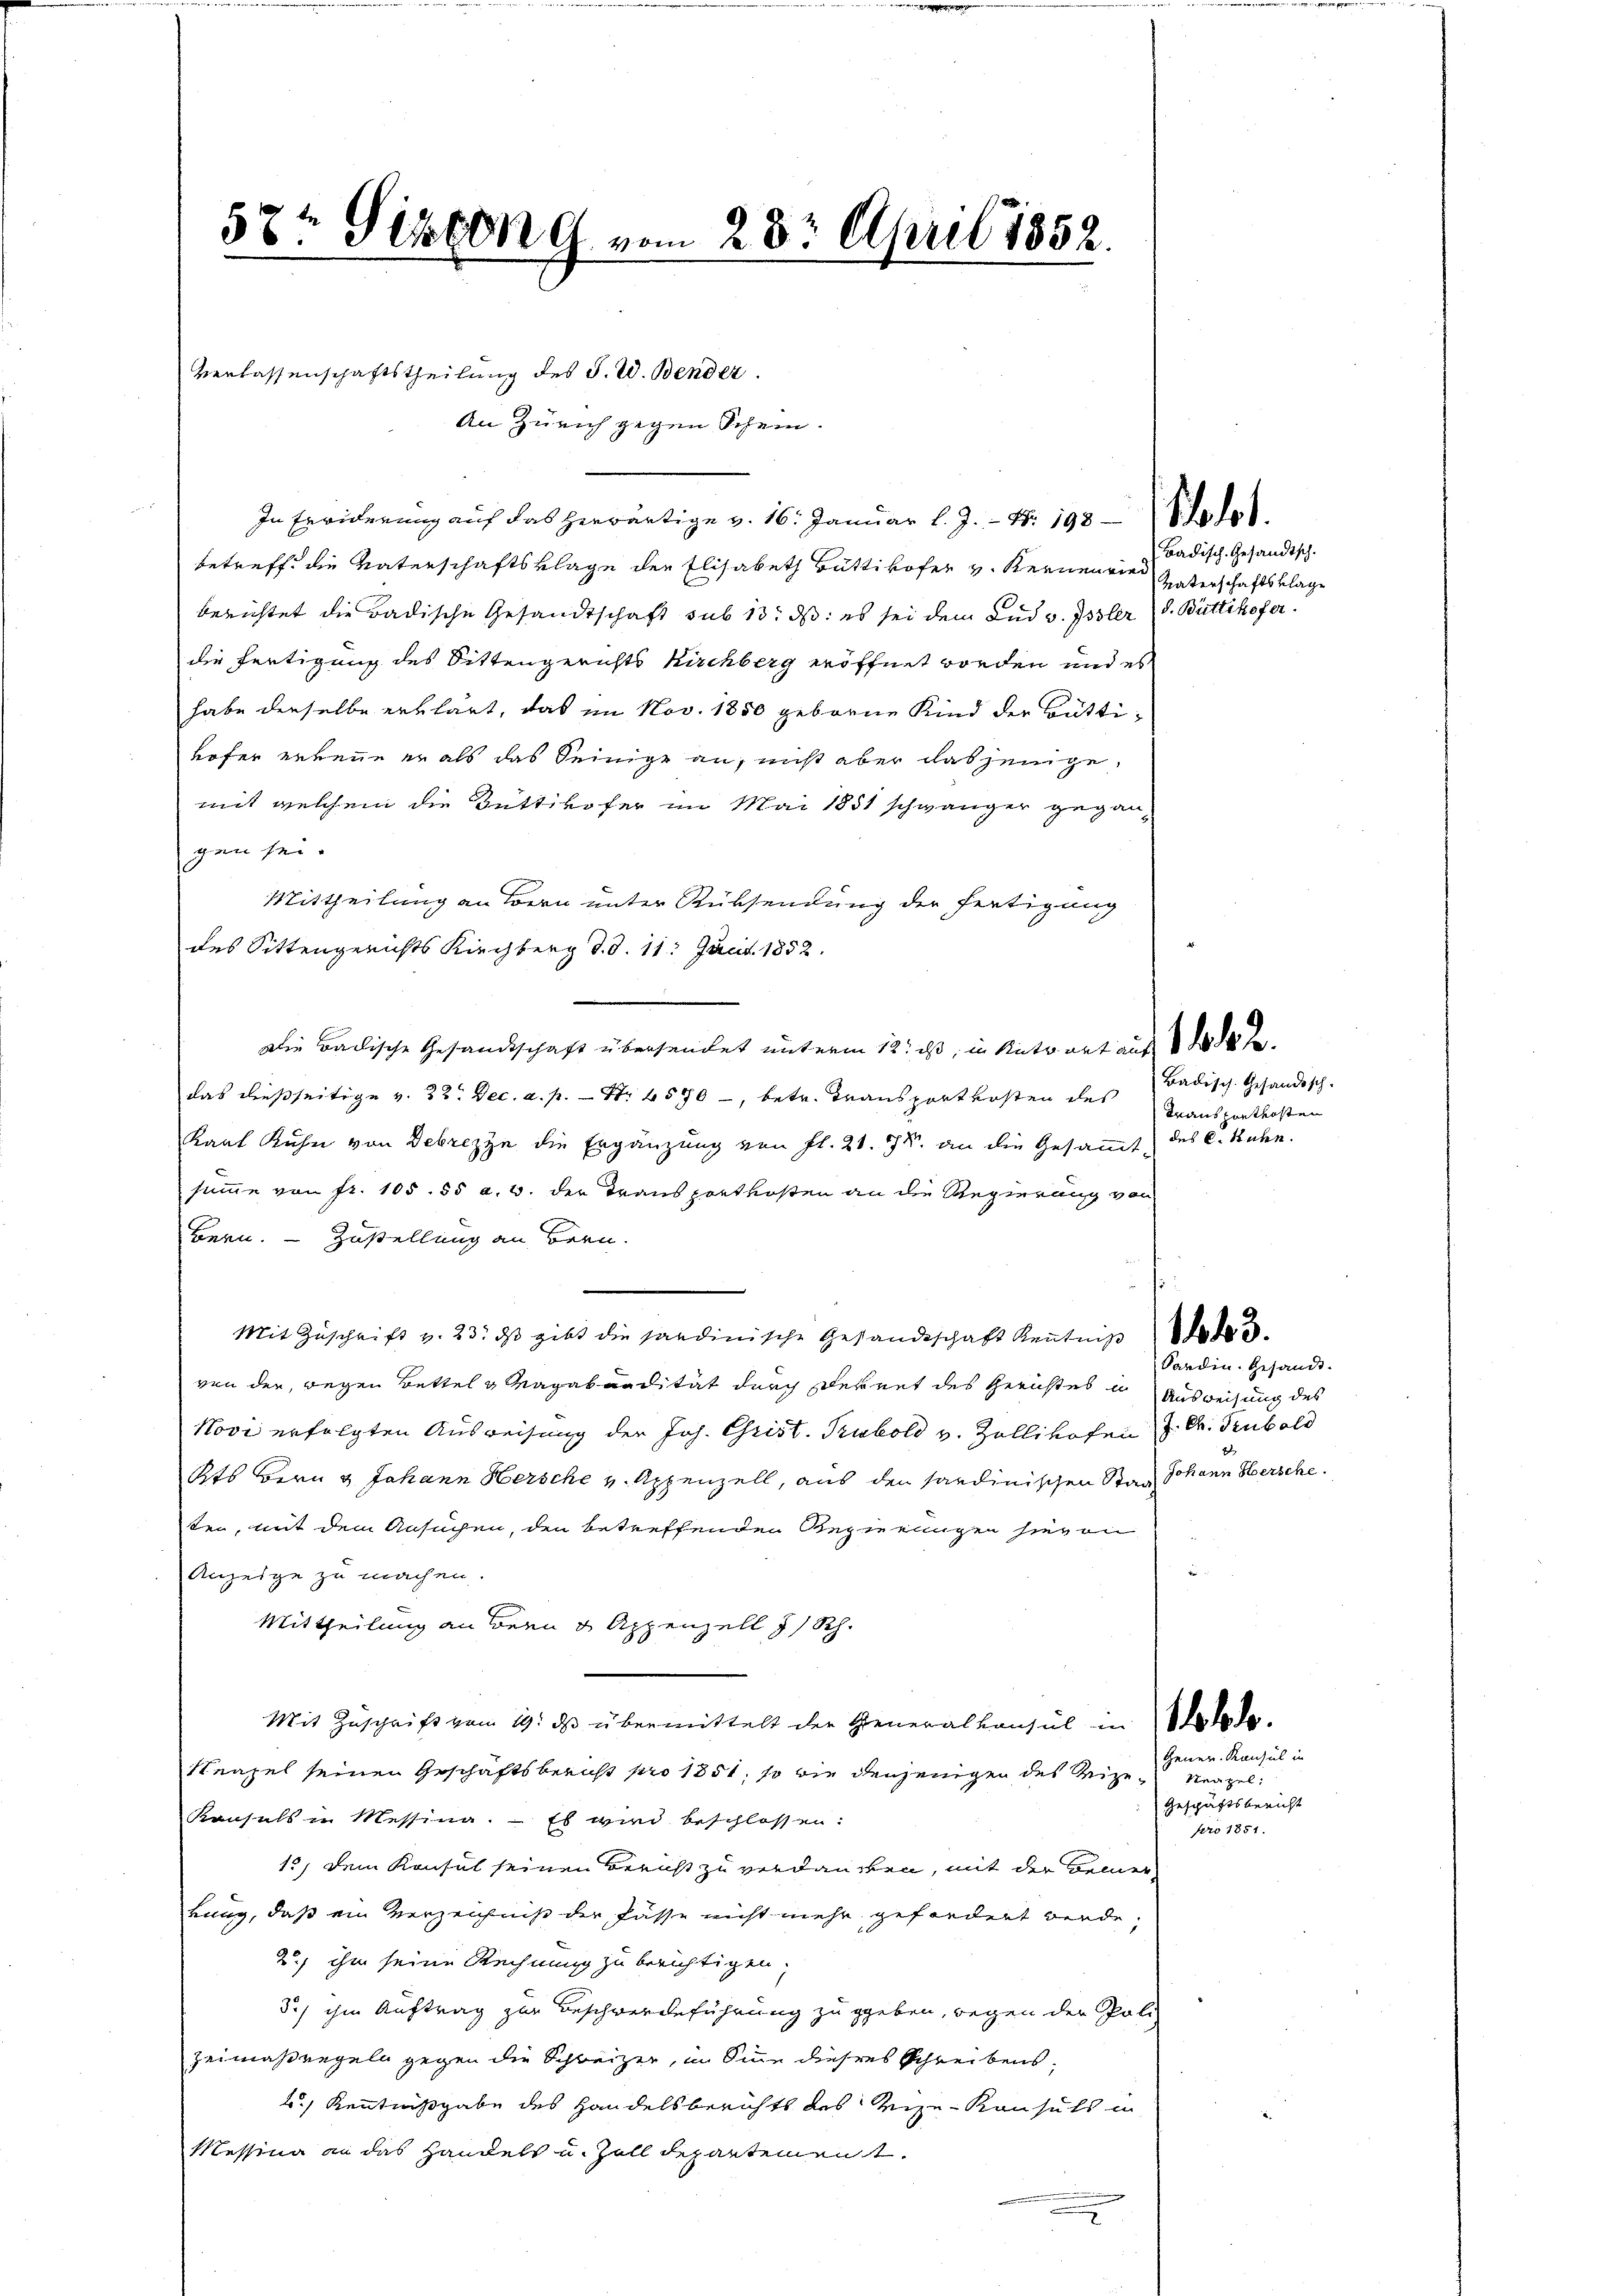
57: Pinton G. vom 28. April 1852.
e

Verlassenschaftstheilung des J. W. Bender.
In Erwiderung auf das herwärtige v. 16. Januar l. J. N. 198 Solot
betreff die Vaterschaftsklage der Elisabeth Büttikofer v. Kernen wied
berichtet die Badische Gesandtschaft sub 13. ds. es sei dem Lud v. Jssler d. Büttikofer
die fertigung des Sittengerichts Kirchberg eröffnet worden und es
habe derselbe erklärt, das im Nov. 1850 geborne Kind der Büttihofer erkenne er als das Seinige an, nicht aber dasjenige
mit welchem die Büttikofer im Mai 1851 schwänger gegangen sei.
Mittheilung an Bern unter Rüksendung der Fertigung
des Sittengerichts Kirchberg d. d. 11. Juni 1852.
Die Ballische Gesandtschaft übersendet unterm 12. ist, in Antwort aus de
das dießseitige v. 22. Dec. a. p. Nr. 4570, betr. Transportkosten des
Kant Kuhn von Debrezze die Ergänzung von fl. 21. 778. an die Gesammt-
summe von fr. 105. 55 a. 0. der Transportkosten an die Regierung von
Bern. – Zustellung an Bern.
Mit Zŭschrift v. 23. dβ gibt die sandinische Gesandtschaft Keṅtniβ des
von der, wegen Bettel & Magabaudität durch Dekret des Gerichtes u. Ausweisung des
Novi erfolgten Ausweisung der Joh. Christ. Tubold v. Zollikofen
Rts Bern & Johann Hersche v. Appenzell, aus den Sardinischen Staa
ten, mit dem Ansuchen, den betreffenden Regierungen hievon
Anzeige zu machen.
Mittheilung an Bern & Appenzell I/Rh.
Mit Zuschrift vom 19. ds übermittelt der Generalkonsul in Wiede
Neapel seinen Geschäftsbericht pro 1851, so wie denjenigen des Vize-Kapel:
Konsuls in Messina.  Es wird beschlossen:
15, dem Konsul seinen Bericht zu verdancken, mit der Bemerrung, daß ein Verzeichniß der Fässe nicht mehr gefordert werde,
2. ihm seine Rechnung zu berichtigen,
3.) ihm Auftrag zur Beschwerdeführung zu geben, wegen der Poli
Zeimaßregeln gegen die Schweizer, in Sinne dieses Schreibens¬
2.) Kenntnißgabe des Handelsberichts des Reize-Konsuls in
Messina an das Handels u. Zoll departement
i
2

An Zürich gegen Schein.

Badisch-Gesandtsch.
Vaterschaftsklage

Badisch-Gesandtsch.
Transportersten
des C. Rahn.

Sardin. Gesandt.
J. Ch. Trubold
Johann Hersche

Gener. Konsul in
Geschäftsbericht
pro 1851.